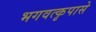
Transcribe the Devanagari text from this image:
भगवत्कृपासे